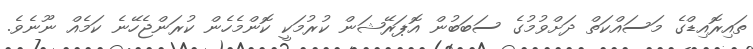
ތައިރޮއިޑްގެ މަސައްކަތް ދަށްވުމުގެ ސަބަބުން އޮޕަރޭޝަން ކުރުމަކީ ކޮންމެހެން ކުރަންޖެހޭނެ ކަމެއް ނޫނެވެ.